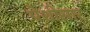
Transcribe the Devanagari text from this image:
पेशीसार